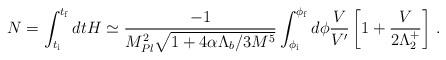
LaTeX: \begin{align*}N=\int_{t_{\rm i}}^{t_{\rm f}}dt H\simeq \frac{-1}{M_{Pl}^2\sqrt{1+4\alpha\Lambda_b/3M^5}}\int_{\phi_{\rm i}}^{\phi_{\rm f}}d\phi {V\over V'} \left[ 1+{V \over 2\Lambda_2^+}\right]\,.\end{align*}